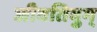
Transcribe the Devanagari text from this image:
जीवतिवुम्